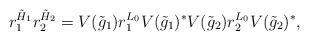
LaTeX: \begin{align*} r_1^{\tilde H_1}r_2^{\tilde H_2} = V(\tilde g_1)r_1^{L_0}V(\tilde g_1)^*V(\tilde g_2)r_2^{L_0}V(\tilde g_2)^*, \end{align*}